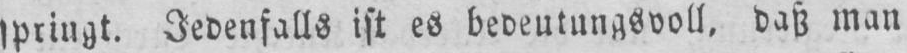
Jedenfalls ist es bedeutungsvoll, daß man